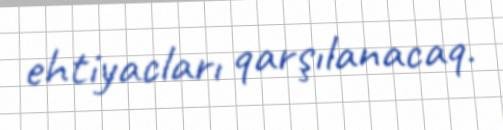
ehtiyacları qarşılanacaq.